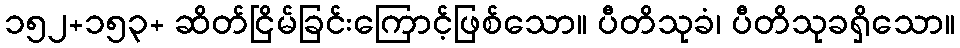
၁၅၂+၁၅၃+ ဆိတ်ငြိမ်ခြင်းကြောင့်ဖြစ်သော။ ပီတိသုခံ၊ ပီတိသုခရှိသော။